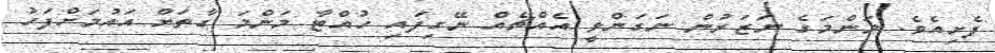
ފެށިއެވެ. މަންމަގެ ނަޒަރުން ނަގަންވީ އެއްޗެއް ނޭގިފައި ހުއްޓާ މަންމަ ގާތަށް އައުމަށްފަހު